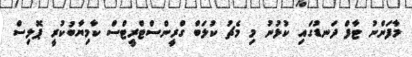
މާފަންނު ޓާފް ދަނޑުގައި ކުޅުނު މި މެޗު ކުލަބް ގްރީންސްޓްރީޓްސް ކާމިޔާބުކުރީ ޕޮލިސް